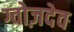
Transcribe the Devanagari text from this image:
ग्वोज़देव